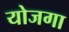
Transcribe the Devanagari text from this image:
योजगा